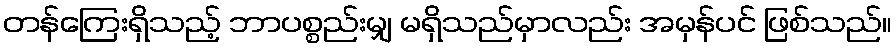
တန်ကြေးရှိသည့် ဘာပစ္စည်းမျှ မရှိသည်မှာလည်း အမှန်ပင် ဖြစ်သည်။